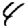
Digit: 4